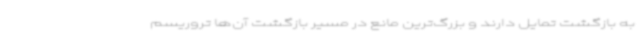
به بازگشت تمایل دارند و بزرگ‌ترین مانع در مسیر بازگشت آن‌ها تروریسم